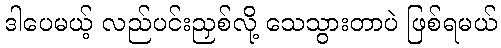
ဒါပေမယ့် လည်ပင်းညှစ်လို့ သေသွားတာပဲ ဖြစ်ရမယ်